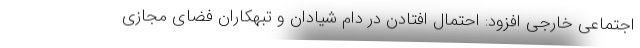
اجتماعی خارجی افزود: احتمال افتادن در دام شیادان و تبهکاران فضای مجازی